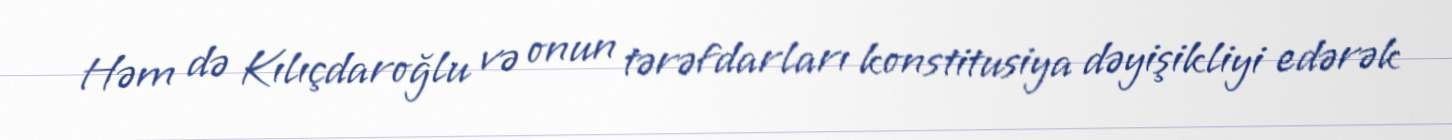
Həm də Kılıçdaroğlu və onun tərəfdarları konstitusiya dəyişikliyi edərək